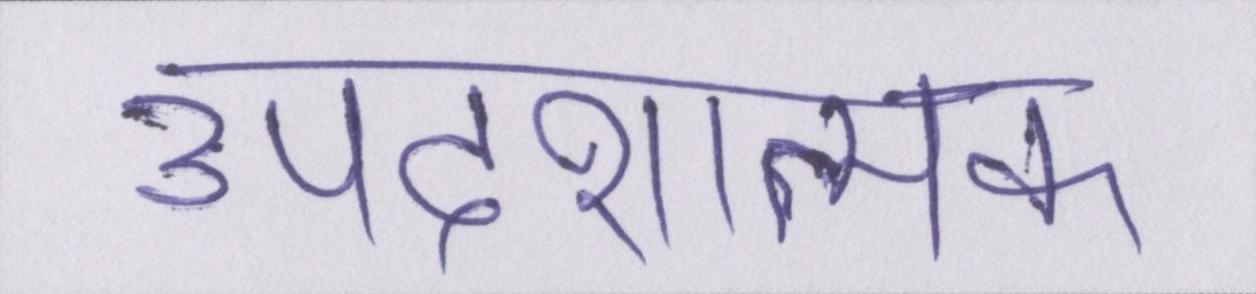
उपदेशात्मक